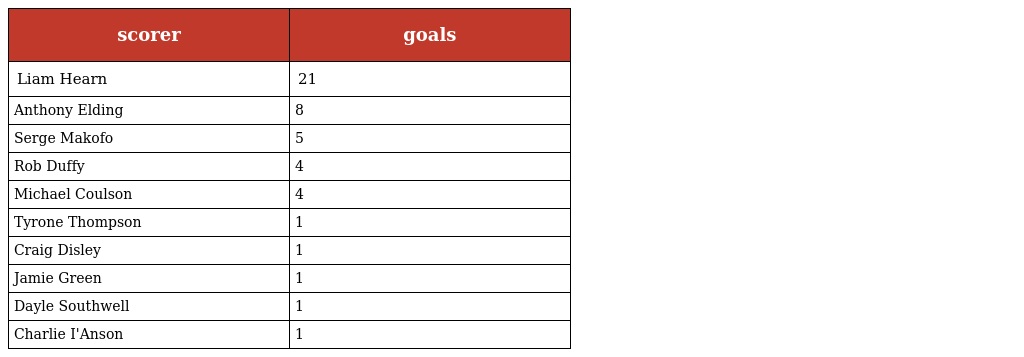
| scorer | goals |
 | --- | --- |
 | Liam Hearn | 21 |
 | Anthony Elding | 8 |
 | Serge Makofo | 5 |
 | Rob Duffy | 4 |
 | Michael Coulson | 4 |
 | Tyrone Thompson | 1 |
 | Craig Disley | 1 |
 | Jamie Green | 1 |
 | Dayle Southwell | 1 |
 | Charlie I'Anson | 1 |